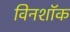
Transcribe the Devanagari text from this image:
विनशॉक